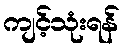
ကျင့်သုံးရန်